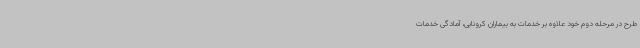
طرح در مرحله دوم خود علاوه بر خدمات به بیماران کرونایی، آمادگی خدمات